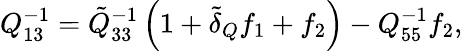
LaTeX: Q_{13}^{-1}=\tilde{Q}_{33}^{-1}\left(1+\tilde{\delta}_{Q}f_{1}+f_{2}\right)-Q_{55}^{-1}f_{2},